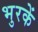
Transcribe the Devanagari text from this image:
भुरकें